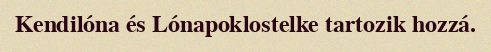
Kendilóna és Lónapoklostelke tartozik hozzá.